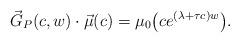
LaTeX: \begin{align*}\vec{G}_{P}(c,w)\cdot\vec{\mu}(c) =\mu_{0}\big( ce^{( \lambda+\tau c) w}\big) . \end{align*}